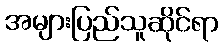
အများပြည်သူဆိုင်ရာ